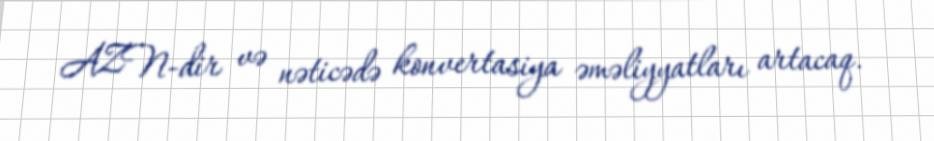
AZN-dir və nəticədə konvertasiya əməliyyatları artacaq.